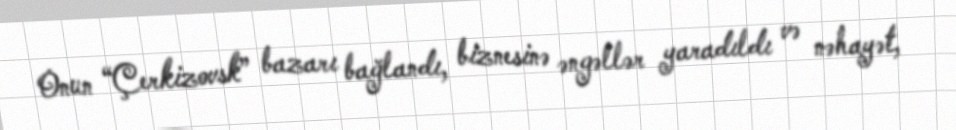
Onun “Çerkizovsk” bazarı bağlandı, biznesinə əngəllər yaradıldı və nəhayət,